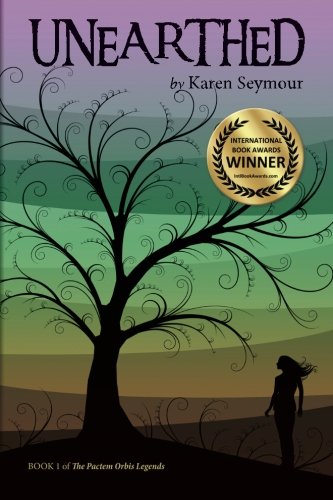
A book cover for Unearthed (The Pactem Orbis Legends) (Volume 1); Karen Seymour; Science Fiction & Fantasy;